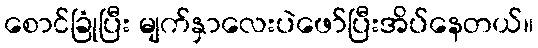
စောင်ခြုံပြီး မျက်နှာလေးပဲဖော်ပြီးအိပ်နေတယ်။